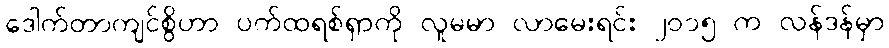
ဒေါက်တာကျင်စွိဟာ ပက်ထရစ်ရှာကို လူမမာ လာမေးရင်း ၂၀၁၅ က လန်ဒန်မှာ